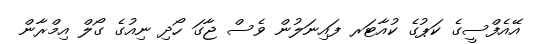
އޭއެފްސީގެ ކަޕުގެ ކުއާޓަރ ފައިނަލުން ވެސް ޖާގަ ހޯދި ނިއުގެ ގޯލް އިމްރާން